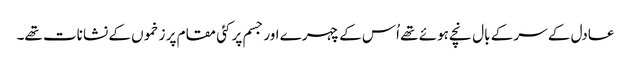
عادل کے سر کے بال نچے ہوئے تھے اُس کے چہرے اور جسم پر کئی مقام پر زخموں کے نشانات تھے۔